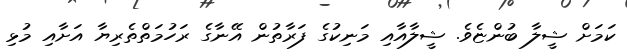
ކަމަށް ޝީލާ ބުންޏެވެ. ޝީލާއާއި މަނިކުގެ ފަރާތުން އޭނާގެ ރަހުމަތްތެރިޔާ އަށާއި މުޅި